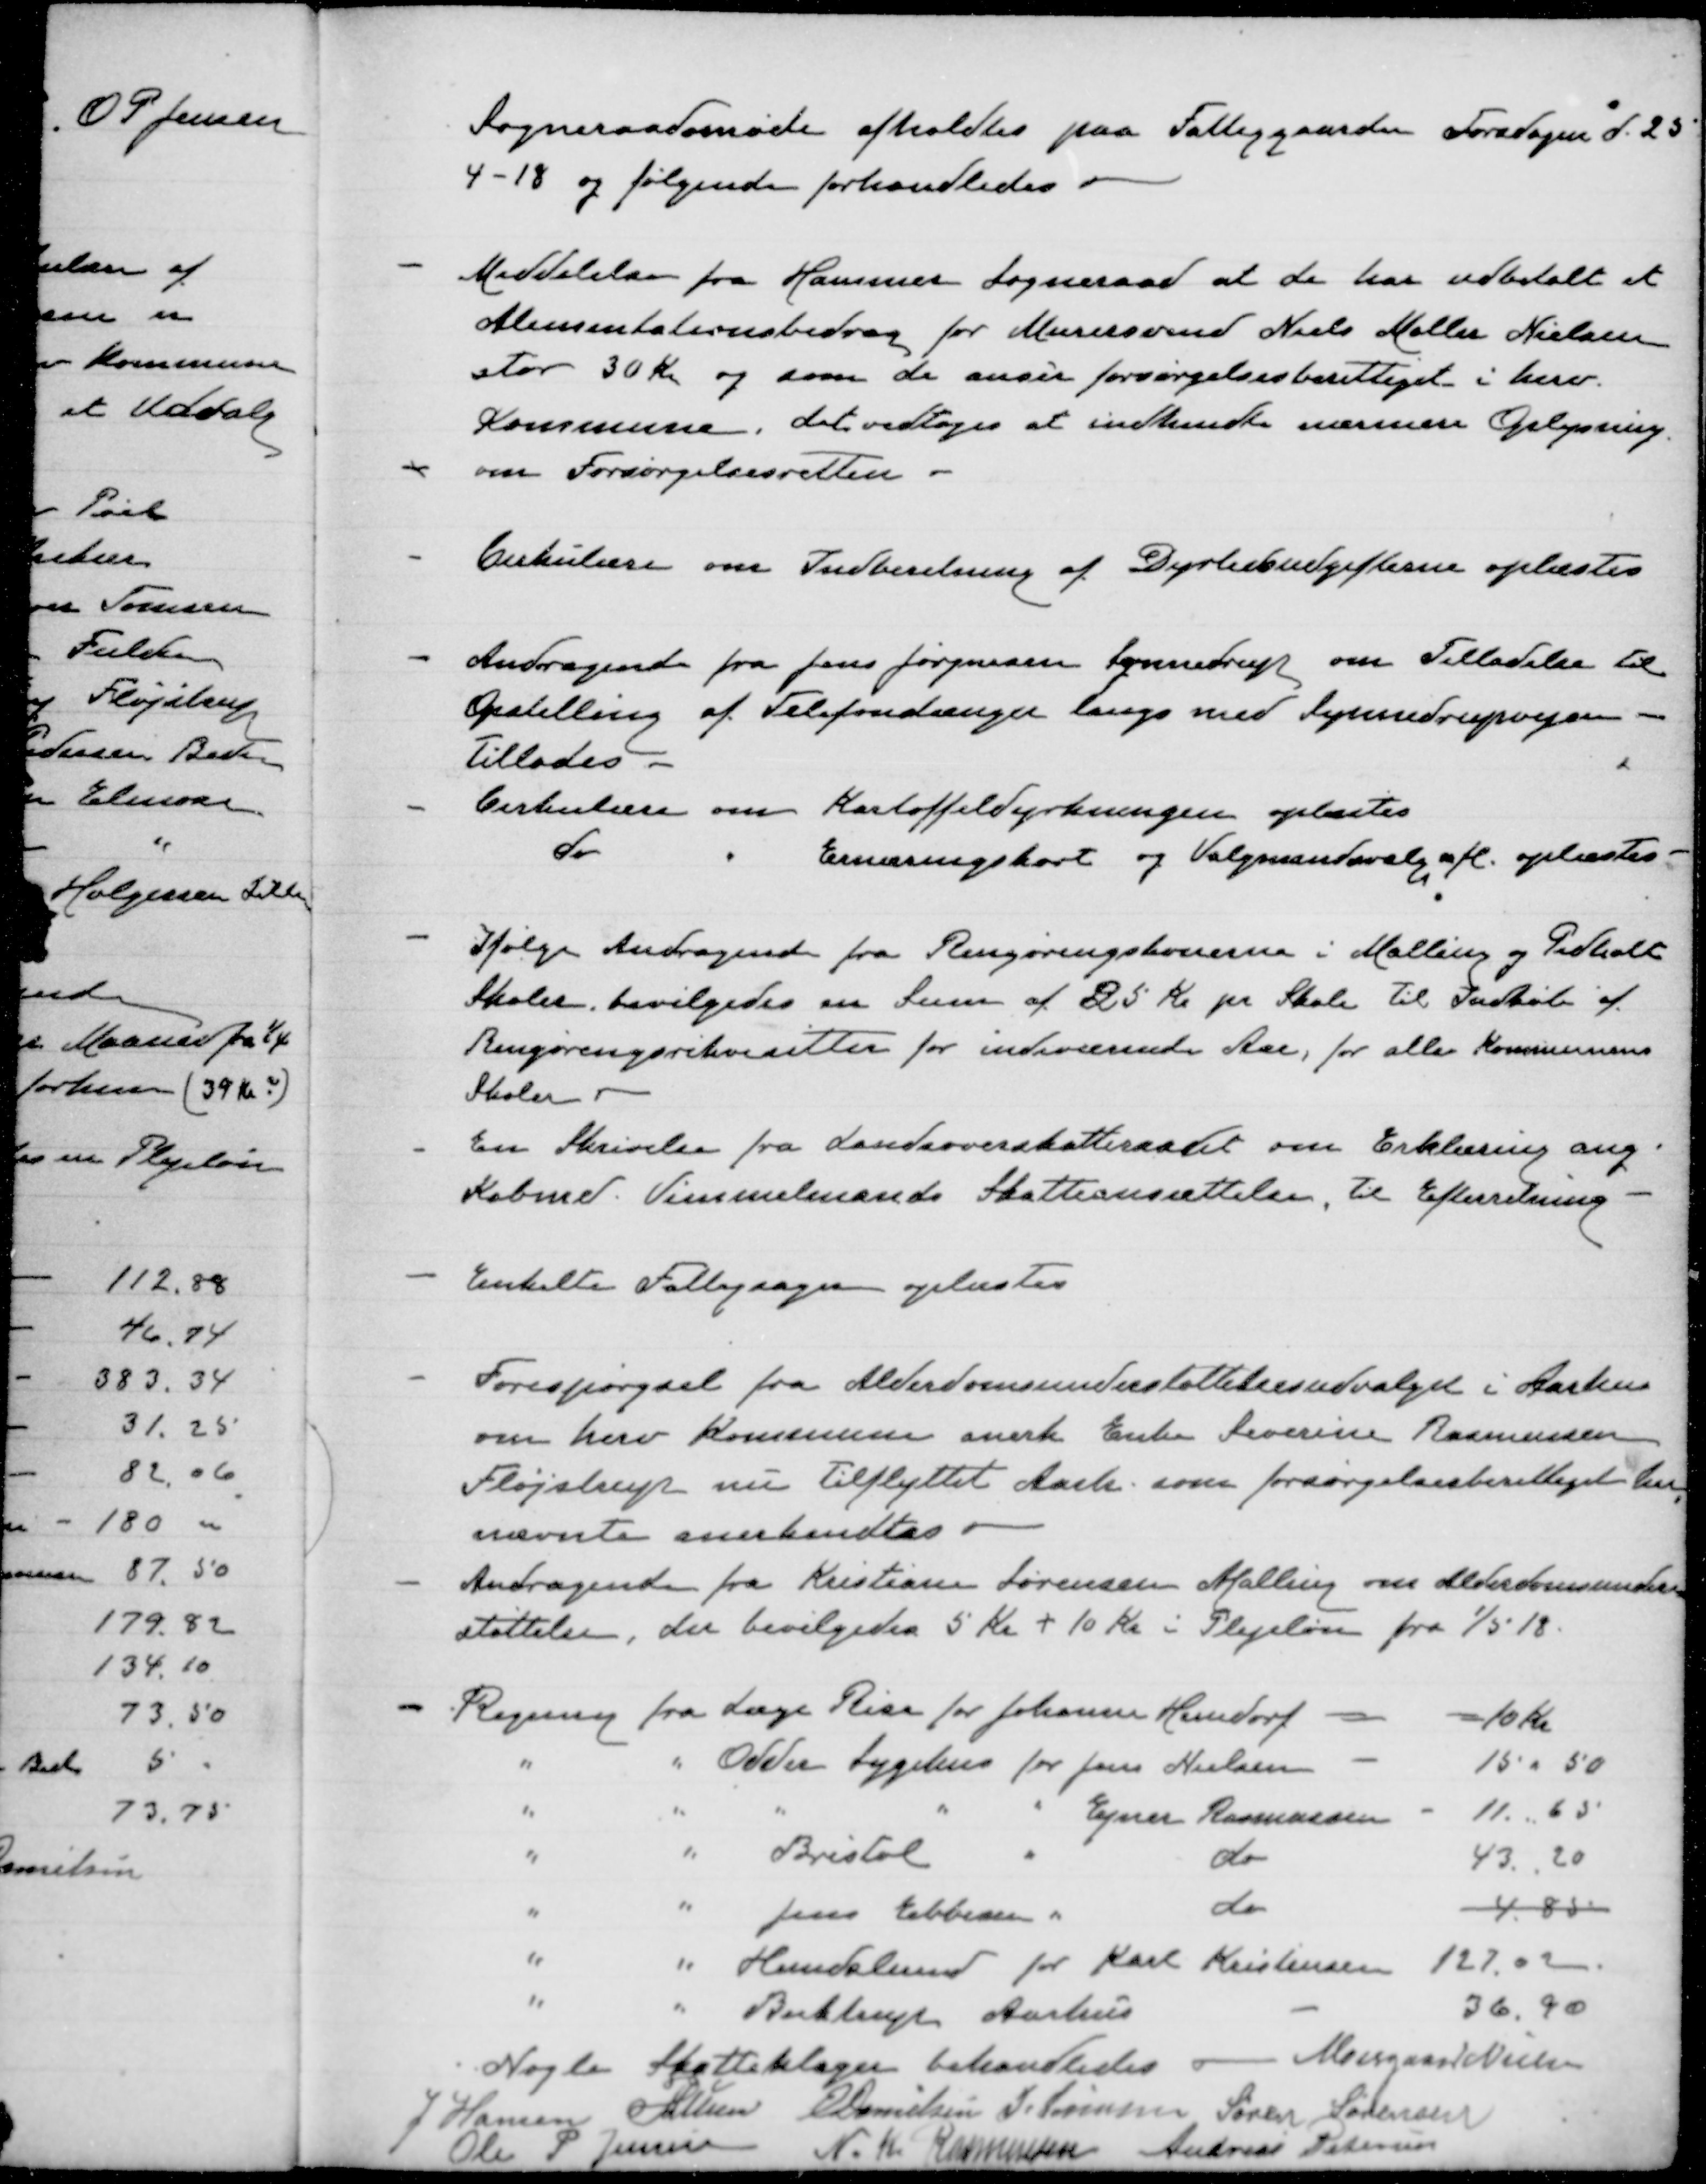
Transskription:
Sogneraadsmøde afholdtes paa Fattiggaarden Torsdagen d. 25
4-18 og følgende forhandledes

Meddelelse fra Hammer sogneraad at de har udbetalt et
Alimentationsbidrag for Murersvend Niels Møller Nielsen
stor 30 kr og som de anser forsørgelsesberettiget i herv.
Kommune. det vedtoges at indhendte nærmere Oplysning
om Forsørgelsesretten

Cirkulære om Indberetning af Dyrtidsudgifterne oplæstes

Andragende fra Jens Jørgensen Synnedrup om Tilladelse til
Opstilling af Telefonstænger langs med Synnedrupvejen
Tillades
beskeden om Kartoffeldyrkningen oplæstes
do
" Ernæringskort og Valgmandsvalg mfl. oplæstes

Ifølge Andragende fra Rengøringskonerne i Malling og Pedholt
skoler. bevilgedes en sum af 25 kr. pr Skole til Indkøb af
Rengøringsrekvisitter for indeværende Aar, for alle kommunens
Skoler
En Skrivelse fra Landsoverskatteraadet om erklæring ang.
Købmd. Vimmelmands Skatteansættelse, til efterretning

Enkelte Fattigsager oplæstes

Forespørgsel fra Alderdomsunderstøttelsesudvalget i Aarhus
om herv kommune anerk. Enke Severine Rasmussen
Fløjstrup nu Tilflyttet Aarh. som forsørgelsesberettiget her
nævnte anerkendtes
Andragende fra Kristiane Sørensen Malling om alderdomsunder-
støttelse, der bevilgedes 5 Kr + 10 Kr i Plejeløn fra 1/5 18

Nogle Skatteklager behandledes
Moesgaard Nielsen
J Hansen
P Lunn
E Danielsen
J Sørensen
Søren Sørensen
Ole P Jensen
N.K. Rasmussen
Andreas Petersen